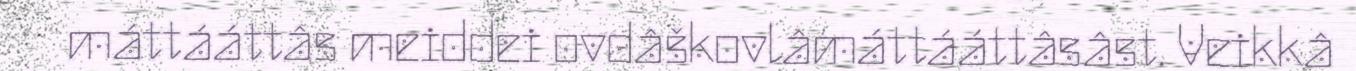
máttááttâs meiddei ovdâškovlâmáttááttâsâst. Veikkâ